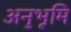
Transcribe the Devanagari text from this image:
अनुभूमि